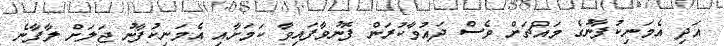
އަދި އެމަނިކުފާނުގެ މައްޗަށް ވެސް ދައުވާކުރަން ފޮނުވާފައިވާ ކަމަށާއި އެމަނިކުފާނު ޖަލަށް ލާފާނެ